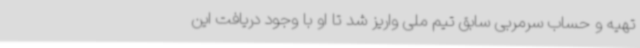
تهیه و حساب سرمربی سابق تیم ملی واریز شد تا او با وجود دریافت این